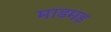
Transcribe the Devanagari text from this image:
माडमड़